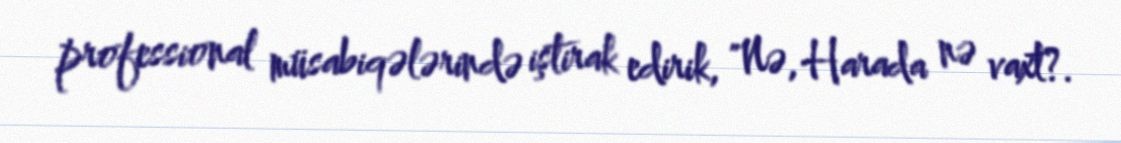
professional müsabiqələrində iştirak edirik, "Nə, Harada nə vaxt?.